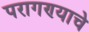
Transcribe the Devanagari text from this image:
परागण्याचे